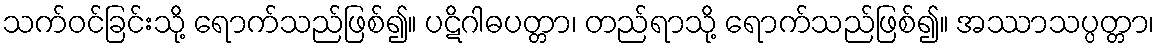
သက်ဝင်ခြင်းသို့ ရောက်သည်ဖြစ်၍။ ပဋိဂါဓပတ္တာ၊ တည်ရာသို့ ရောက်သည်ဖြစ်၍။ အဿာသပ္ပတ္တာ၊